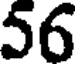
56